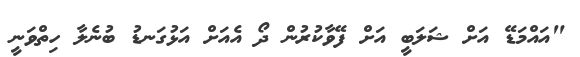
"އައްމަޑޭ އަށް ޝަލަބީ އަށް ފޭވާކުރުން ދޯ އެއަށް އަޅުގަނޑު ބުނެލާ ހިތްވަނީ